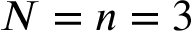
N = n = 3